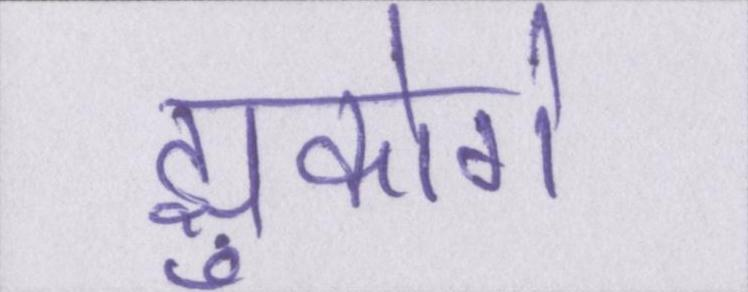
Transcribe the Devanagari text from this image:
झुकोगे